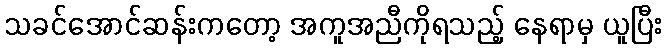
သခင်အောင်ဆန်းကတော့ အကူအညီကိုရသည့် နေရာမှ ယူပြီး